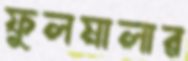
ফুলমালার